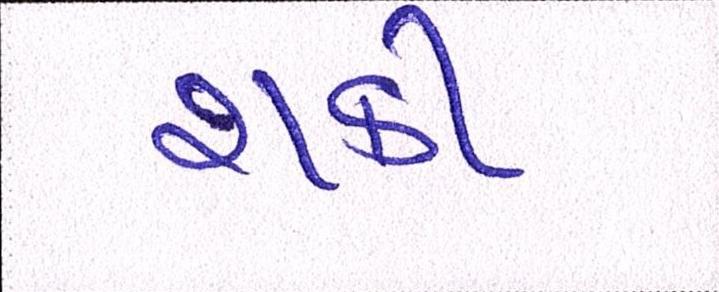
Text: શકી